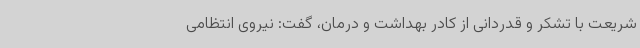
شریعت با تشکر و قدردانی از کادر بهداشت و درمان، گفت: نیروی انتظامی